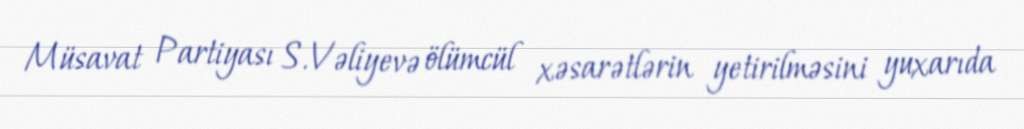
Müsavat Partiyası S.Vəliyevə ölümcül xəsarətlərin yetirilməsini yuxarıda